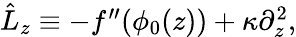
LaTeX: \begin{array}{r}{\hat{L}_{z}\equiv-f^{\prime\prime}(\phi_{0}(z))+\kappa\partial_{z}^{2},}\end{array}